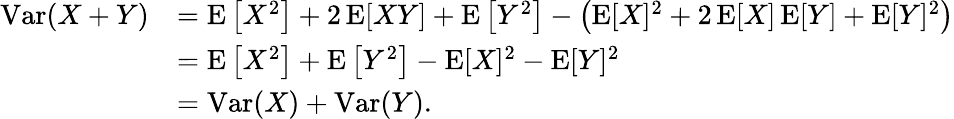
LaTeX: {\begin{array}{rl}{\operatorname{Var}(X+Y)}&{=\operatorname{E}\left[X^{2}\right]+2\operatorname{E}[XY]+\operatorname{E}\left[Y^{2}\right]-\left(\operatorname{E}[X]^{2}+2\operatorname{E}[X]\operatorname{E}[Y]+\operatorname{E}[Y]^{2}\right)}\\ &{=\operatorname{E}\left[X^{2}\right]+\operatorname{E}\left[Y^{2}\right]-\operatorname{E}[X]^{2}-\operatorname{E}[Y]^{2}}\\ &{=\operatorname{Var}(X)+\operatorname{Var}(Y).}\end{array}}